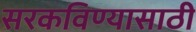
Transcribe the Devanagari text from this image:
सरकविण्यासाठी